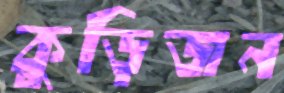
কুড়িজন